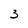
Character: 3